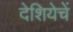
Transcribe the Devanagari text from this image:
देशियेचें